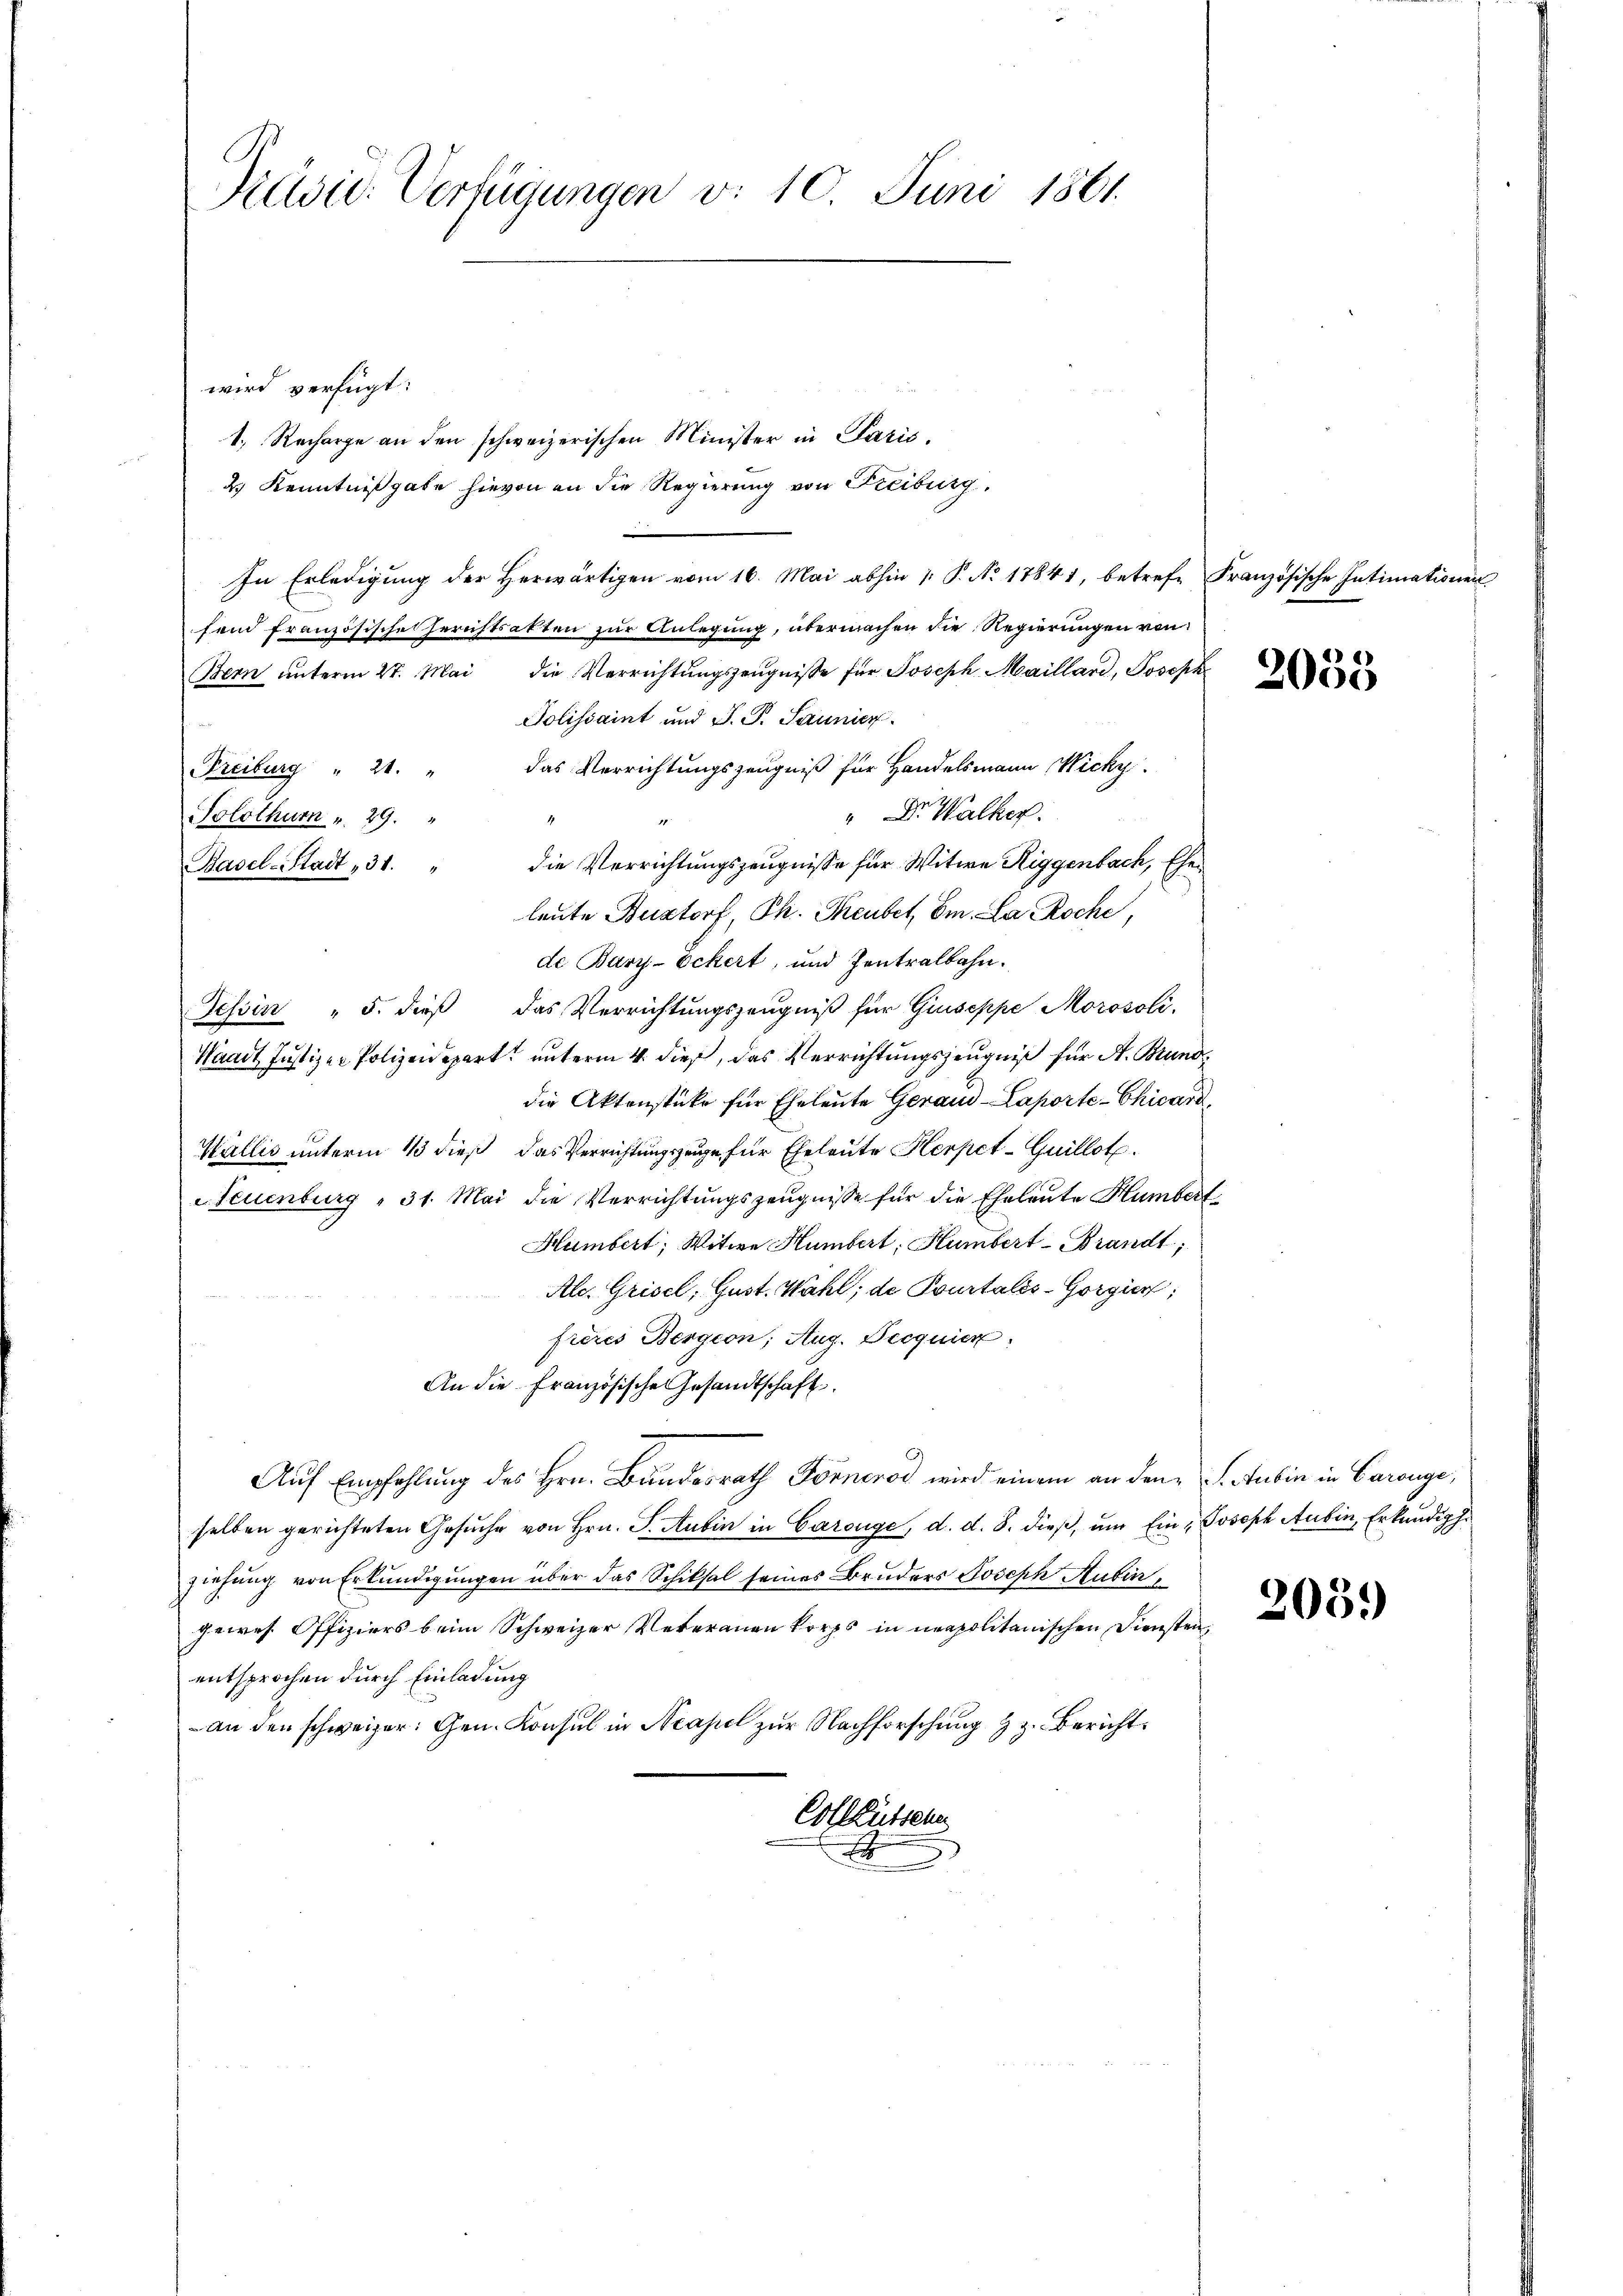
Präsid. Verfügungen v. 10. Juni 1861.

wird verfügt:
1. Recharge an den schweizerischen Minister in Paris,
2) Kenntnißgabe hievon an die Regierung von Freiburg,
In Erledigŭng der herwärtigen vom 16. Mai abhin /: P. No. 17841, betrefe Französische Intimationen
fend französische Gerichtsakten zur Anlegung, übermachen die Regierungen von
Bern ŭnterm 27. Mai die Verrichtŭngszeugnisse für Joseph Maillard, Joseph
Polissaint und J. P. Saunier
das Verrichtungszeugniß für Handelsmann Wicky
Freiburg " 21.
" Dr. Walker.
Solothurn v. 29.
Basel-Stadt 31. " die Verrichtungszeugnisse für Witwe Riggenbach, Eheleute Bustorf, Ph. Theubet, Em. La Roche,
de Bary-Eckert, und Zentralbahn.
Tessin " 5. dieß das Verrichtungszeugniß für Giuseppe Morosoli
Waadt Justizen Polizeidepart unterm 4. dieß, das Verrichtungszeugniß für A. Bund
die Aktenstüke für Eheleute Gerand -Laporte-Chicard
Wallis unterm 113 dieß das Verrichtungszeuge für Eheleute Herpet-Guillot.
Neuenburg " 31. Mai die Verrichtungszeugnisse für die Eheleute Humbert
Hümbert, Witwe Humbert, Humbert-Brandt,
Ale. Grisel, Gust. Wahl; de Pourtalis-Gorgier;
frères Bergeon; Aug. Decquier
An die Französische Gesandtschaft.
Auf Empfehlung des Hrn. Bundesrath Forneros wird einem an den Anbin in Garange,
selben gerichteten Gesuche von Hrn. F. Aubin in Carouge, d. d. 8. dieß, um Ein Joseph Aubin, Erkundige
ziehung von Erkundigungen über das Schiksal seines Bruders Joseph Hubin,
gewes Offiziers beim Schweizer Veterauen korps in neapolitanischen Diensten
entsprochen durch Einladung
an den schweizer: Gen. Konsul in Neape zur Nachforschung & z. Bericht
Colleküssene
E

2055

2051)